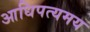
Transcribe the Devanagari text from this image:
आधिपत्यमय